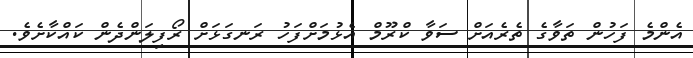
އެންމެ ފަހުން ތަވާގެ ތެރެއަށް ސަވާ ކްރޫމް އެޅުމަށްފަހު ރަނގަޅަށް ރޯފިލަންދެން ކައްކާށެވެ.